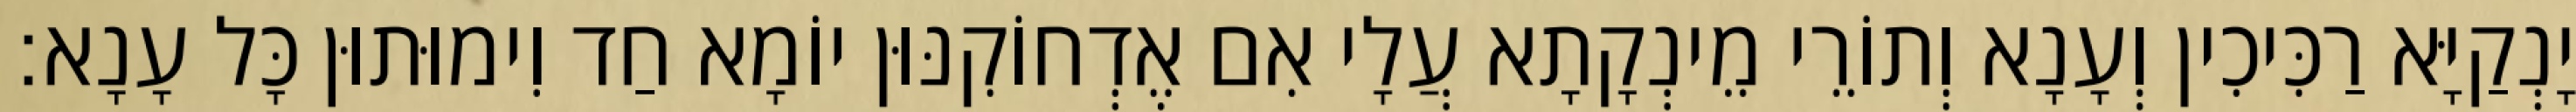
יָנְקַיָּא רַכִּיכִין וְעָנָא וְתוֹרֵי מֵינְקָתָא עֲלָי אִם אֶדְחוֹקִנּוּן יוֹמָא חַד וִימוּתוּן כָּל עָנָא׃